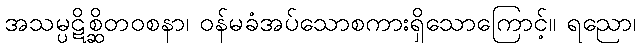
အသမ္ပဋိစ္ဆိတဝစနာ၊ ဝန်မခံအပ်သောစကားရှိသောကြောင့်။ ရညော၊